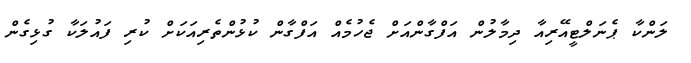
ލަންކާ ޕެނަލްޓީއޭރިއާ ދިމާލުން އަފްގާންއަށް ޖެހުމެއް އަފްގާން ކުޅުންތެރިއަކަށް ކުރި ފައުލަކާ ގުޅިގެން